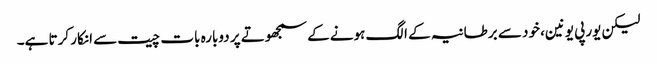
لیکن یورپی یونین، خود سے برطانیہ کے الگ ہونے کے سمجھوتے پر دوبارہ بات چیت سے انکار کرتا ہے۔